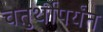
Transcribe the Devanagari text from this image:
चतुर्थीपर्यंत